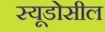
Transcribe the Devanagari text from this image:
स्यूडोसील